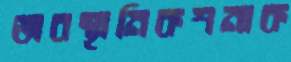
অবস্থানিকশনাক